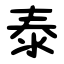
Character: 泰